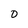
Character: 0